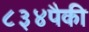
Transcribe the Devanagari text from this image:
८३४पैकी